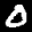
Label: 0